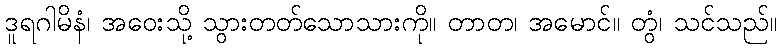
ဒူရဂါမိနံ၊ အဝေးသို့ သွားတတ်သောသားကို။ တာတ၊ အမောင်။ တွံ၊ သင်သည်။